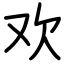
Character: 欢